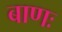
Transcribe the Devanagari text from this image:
बाणः